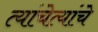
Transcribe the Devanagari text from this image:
त्यांचेत्यांचे